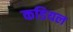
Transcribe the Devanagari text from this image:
कडियल